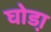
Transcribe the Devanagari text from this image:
घोडा़